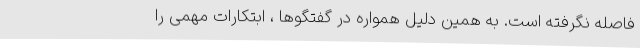
فاصله نگرفته است. به همین دلیل همواره در گفتگوها ، ابتکارات مهمی را